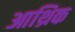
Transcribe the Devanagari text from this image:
आथ्रिक